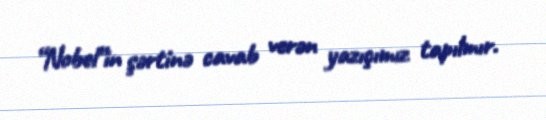
“Nobel”in şərtinə cavab verən yazıçımız tapılmır.